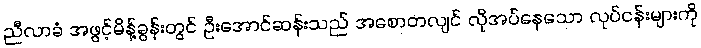
ညီလာခံ အဖွင့်မိန့်ခွန်းတွင် ဦးအောင်ဆန်းသည် အစောတလျင် လိုအပ်နေသော လုပ်ငန်းများကို